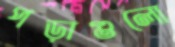
পড়াগুলো